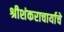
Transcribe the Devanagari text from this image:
श्रीशंकराचार्याचे